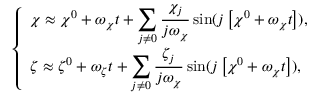
\begin{array} { r } { \left\{ \begin{array} { l } { \displaystyle \chi \approx \chi ^ { 0 } + \omega _ { \chi } t + \sum _ { j \ne 0 } \frac { \chi _ { j } } { j \omega _ { \chi } } \sin ( j \left[ \chi ^ { 0 } + \omega _ { \chi } t \right] ) , } \\ { \displaystyle \zeta \approx \zeta ^ { 0 } + \omega _ { \zeta } t + \sum _ { j \ne 0 } \frac { \zeta _ { j } } { j \omega _ { \chi } } \sin ( j \left[ \chi ^ { 0 } + \omega _ { \chi } t \right] ) , } \end{array} \right. } \end{array}